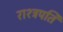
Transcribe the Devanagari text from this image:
राश्त्रपति